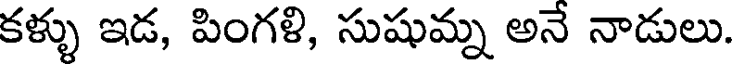
కళ్ళు ఇడ, పింగళి, సుషుమ్న అనే నాడులు.